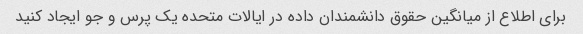
برای اطلاع از میانگین حقوق دانشمندان داده در ایالات متحده یک پرس و جو ایجاد کنید